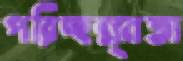
পরিচ্ছন্ন্নতা